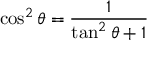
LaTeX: \cos ^ { 2 } \theta = { \frac { 1 } { \tan ^ { 2 } \theta + 1 } }